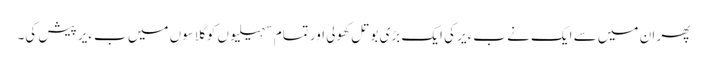
پھر ان میں سے ایک نے بءیر کی ایک بڑی بوتل کھولی اور تمام سہیلیوں کو گلاسوں میں بءیر پیش کی۔